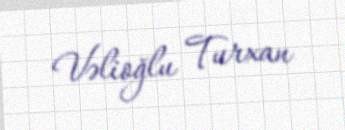
Vəlioğlu Turxan